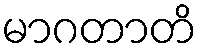
မာဂတာတိ